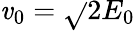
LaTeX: \mathit{v}_{0}=\sqrt{}{{2E_{0}}}